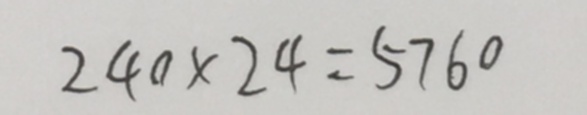
2 4 0 \times 2 4 = 5 7 6 0